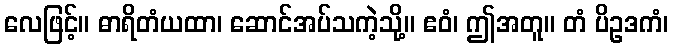
လေဖြင့်။ ဓာရိတံယထာ၊ ဆောင်အပ်သကဲ့သို့။ ဧဝံ၊ ဤအတူ။ တံ ပိဥဒကံ၊